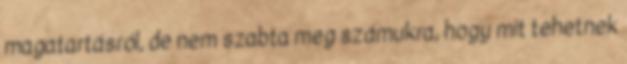
magatartásról, de nem szabta meg számukra, hogy mit tehetnek